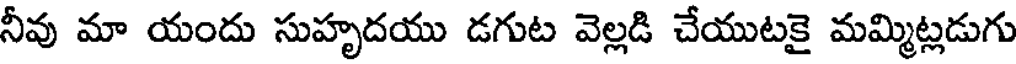
నీవు మా యందు సుహృదయు డగుట వెల్లడి చేయుటకై మమ్మిట్లడుగు